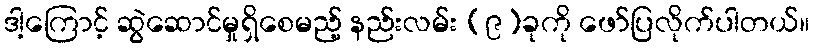
ဒါ့ကြောင့် ဆွဲဆောင်မှုရှိစေမည့် နည်းလမ်း (၉)ခုကို ဖော်ပြလိုက်ပါတယ်။